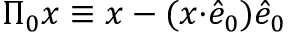
\begin{array} { r } { \Pi _ { 0 } x \equiv { x - ( x { \cdot } \hat { e } _ { 0 } ) \hat { e } _ { 0 } } } \end{array}